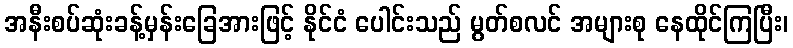
အနီးစပ်ဆုံးခန့်မှန်းခြေအားဖြင့် နိုင်ငံ ပေါင်းသည် မွတ်စလင် အများစု နေထိုင်ကြပြီး၊